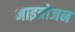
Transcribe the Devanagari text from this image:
नाइत्रोजन